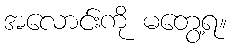
အလောင်းကို မတွေ့ရ။